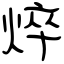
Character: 焠